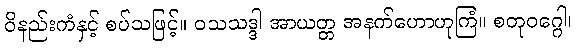
ဝိနည်းကံနှင့် စပ်သဖြင့်။ ဝသသဒ္ဒါ အာယတ္တ အနက်ဟောဟုကြံ။ စတုဝဂ္ဂေါ၊